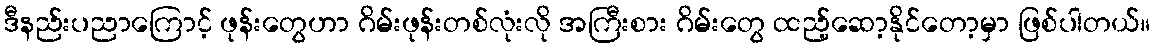
ဒီနည်းပညာကြောင့် ဖုန်းတွေဟာ ဂိမ်းဖုန်းတစ်လုံးလို အကြီးစား ဂိမ်းတွေ ထည့်ဆော့နိုင်တော့မှာ ဖြစ်ပါတယ်။